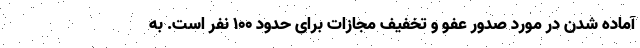
آماده شدن در مورد صدور عفو و تخفیف مجازات برای حدود ۱۰۰ نفر است. به